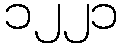
၁၂၂၁